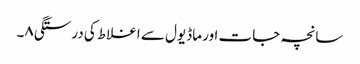
سانچہ جات اور ماڈیول سے اغلاط کی درستگی۸۔